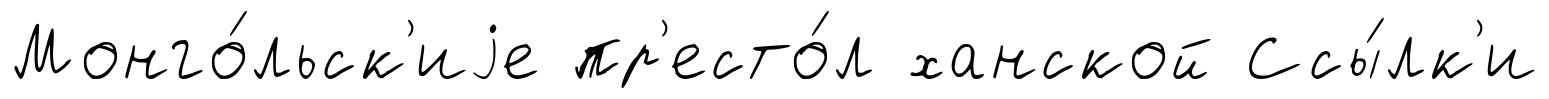
Монго́льск'иjе пр'есто́л ханской Ссы́лк'и